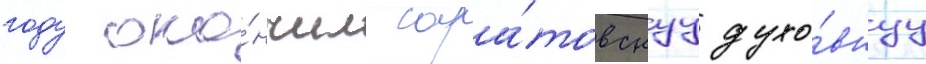
году око́нчил сара́товскуу духо́внуу